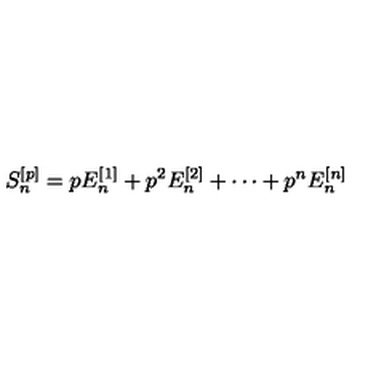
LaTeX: S _ { n } ^ { [ p ] } = p E _ { n } ^ { [ 1 ] } + p ^ { 2 } E _ { n } ^ { [ 2 ] } + \cdots + p ^ { n } E _ { n } ^ { [ n ] }